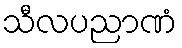
သီလပညာဏံ